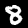
Digit: 8